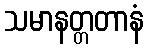
သမာနတ္တတာနံ